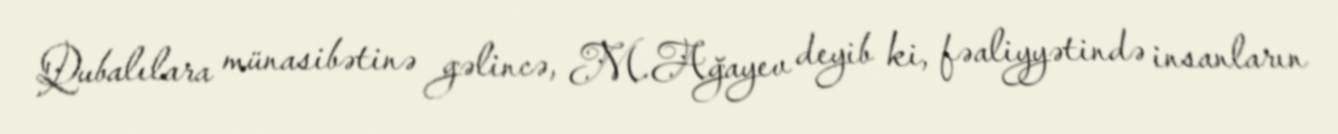
Qubalılara münasibətinə gəlincə, M.Ağayev deyib ki, fəaliyyətində insanların